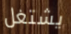
يشتغل